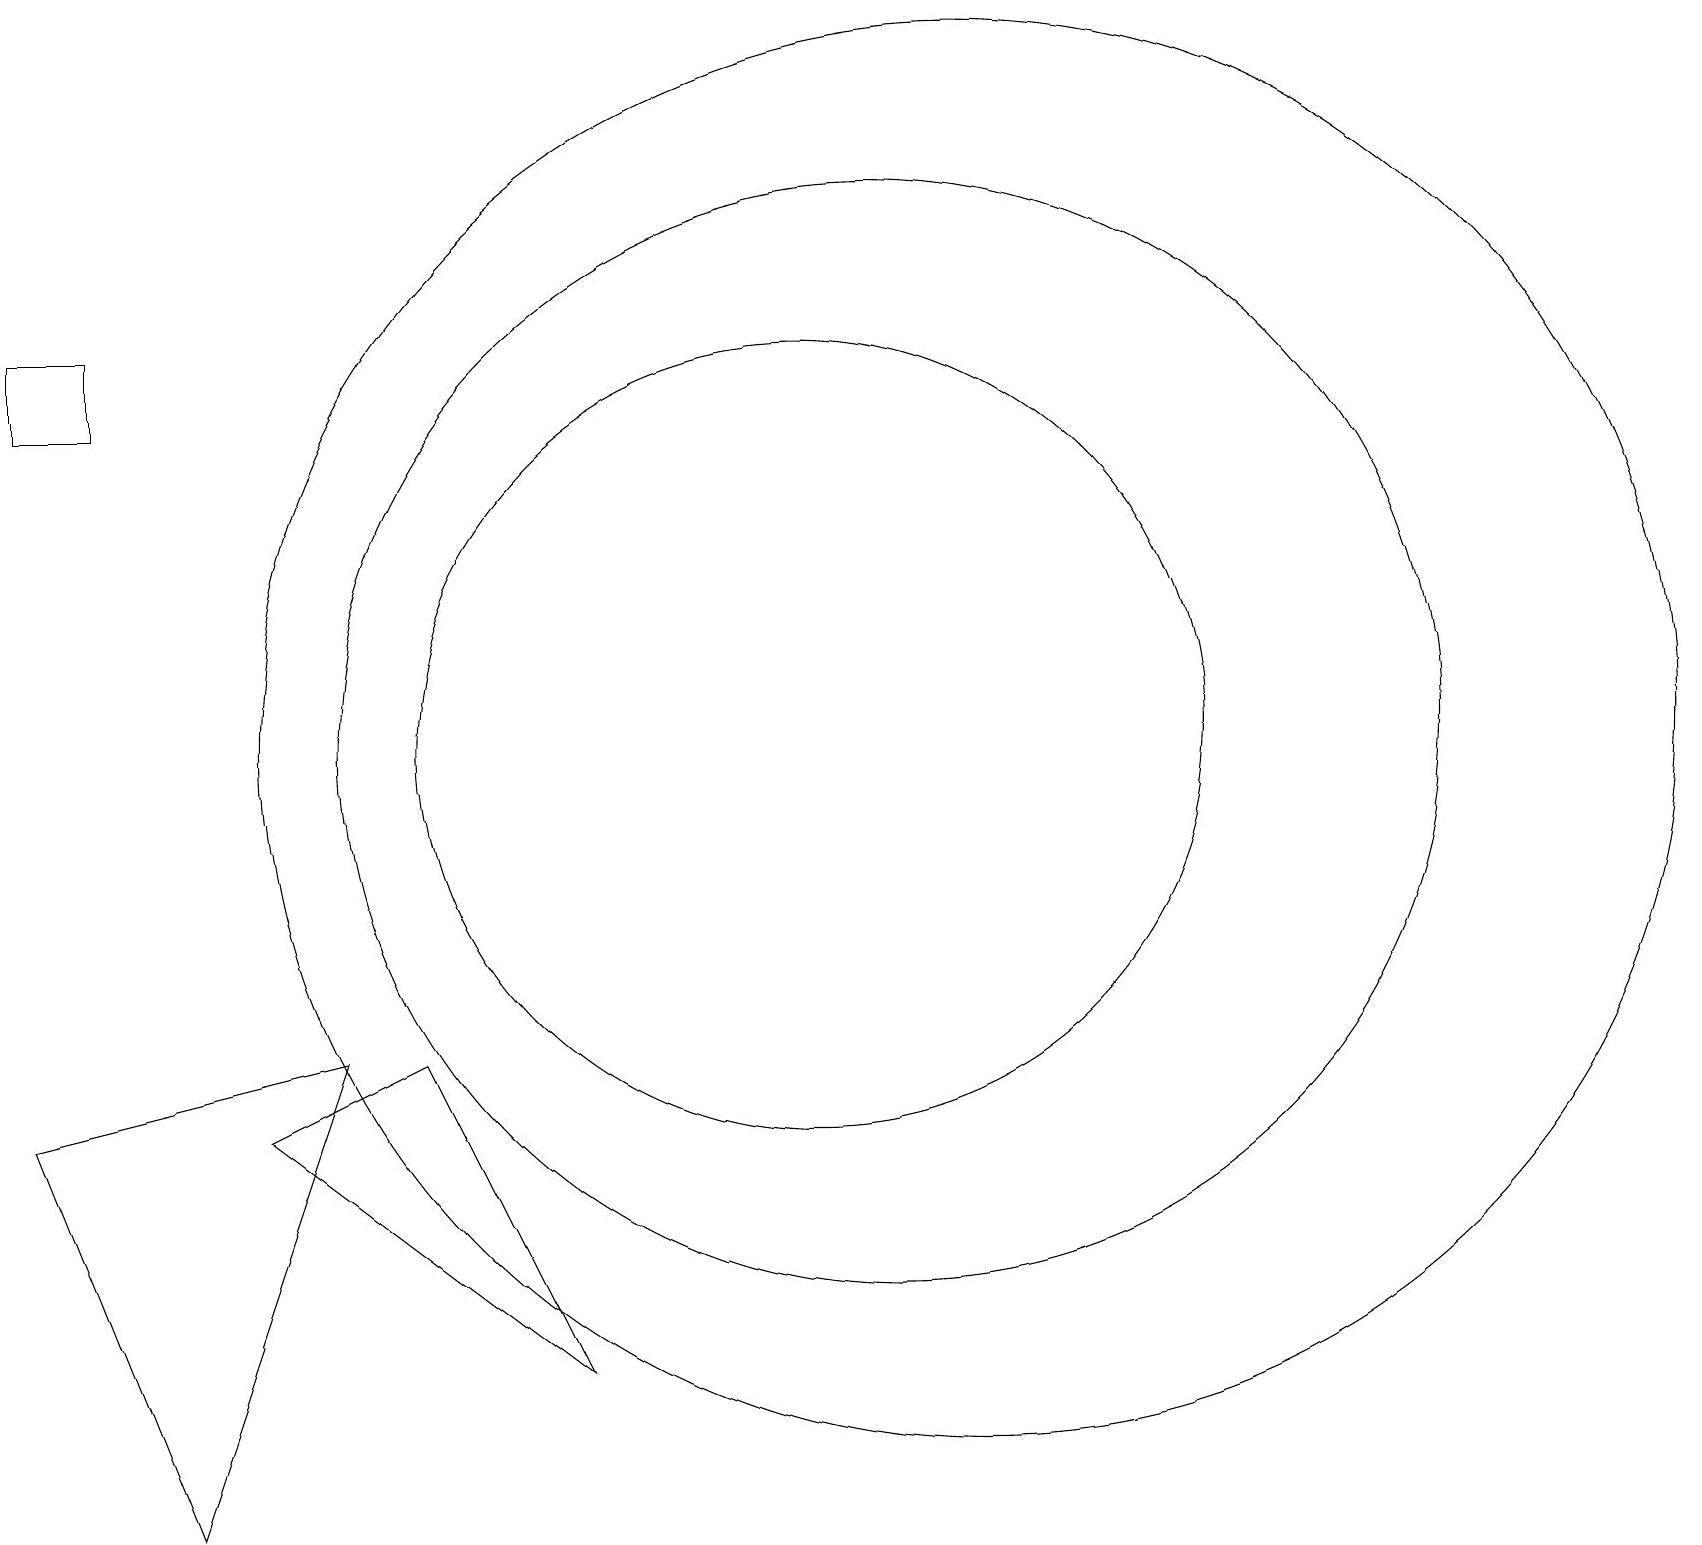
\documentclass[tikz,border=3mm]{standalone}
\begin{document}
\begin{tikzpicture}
\draw (1,15) rectangle (0,14);
\draw (11,10) circle (7);
\draw (12,10) circle (9);
\draw (2,0) -- (4,6) -- (0,5) -- cycle;
\draw (10,10) circle (5);
\draw (7,2) -- (5,6) -- (3,5) -- cycle;
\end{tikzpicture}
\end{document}